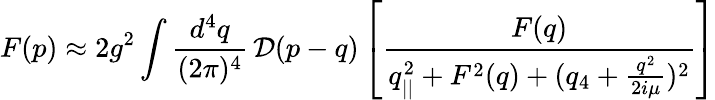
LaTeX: F(p)\approx 2g^{2}\int\frac{d^{4}q}{(2\pi)^{4}}\, {\cal D}(p-q)\left[\frac{F(q)}{q_{||}^{2}+F^{2}(q)+(q_{4}+\frac{q^{2}}{2i\mu})^{2}}\right]